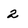
Character: 2